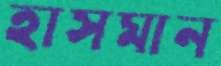
হাসমান